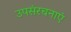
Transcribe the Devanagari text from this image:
उपसंरचनाएं